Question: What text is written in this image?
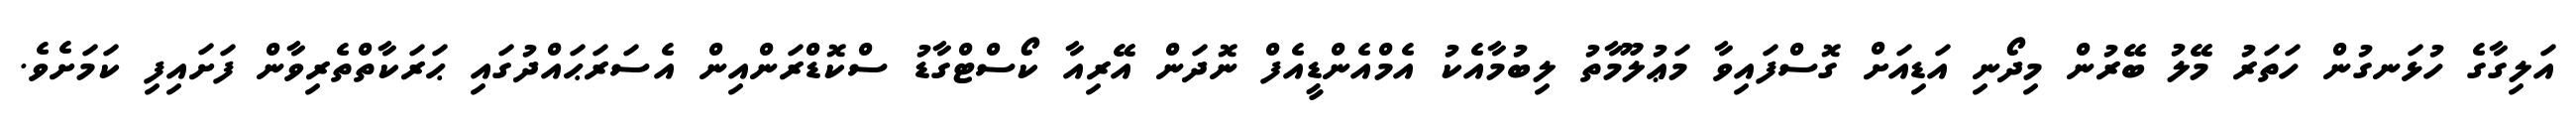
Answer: އަލިގާގެ ހުޅަނގުން ހަތަރު މޭލު ބޭރުން މިދޯނި އަޑިއަށް ގޮސްފައިވާ މަޢުލޫމާތު ލިބުމާއެކު އެމްއެންޑީއެފް ނޮދަން އޭރިއާ ކޯސްޓްގާޑު ސްކޮޑްރަންއިން އެސަރަޙައްދުގައި ޙަރަކާތްތެރިވާން ފަށައިފި ކަމަށެވެ.